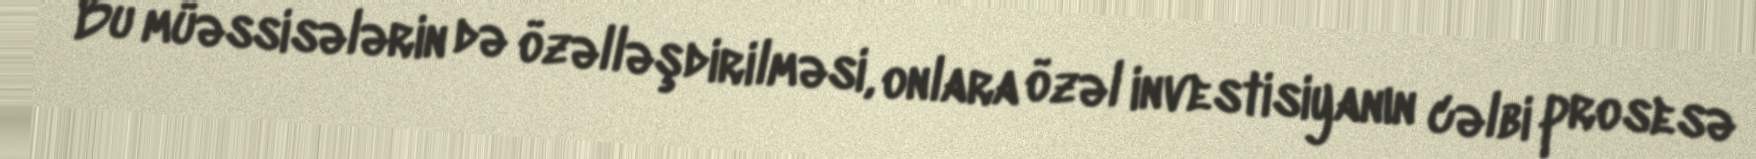
Bu müəssisələrin də özəlləşdirilməsi, onlara özəl investisiyanın cəlbi prosesə